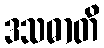
ဒသဓာတိ